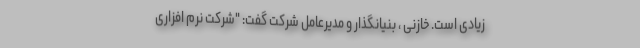
زیادی است. خازنی ، بنیانگذار و مدیرعامل شرکت گفت: "شرکت نرم افزاری